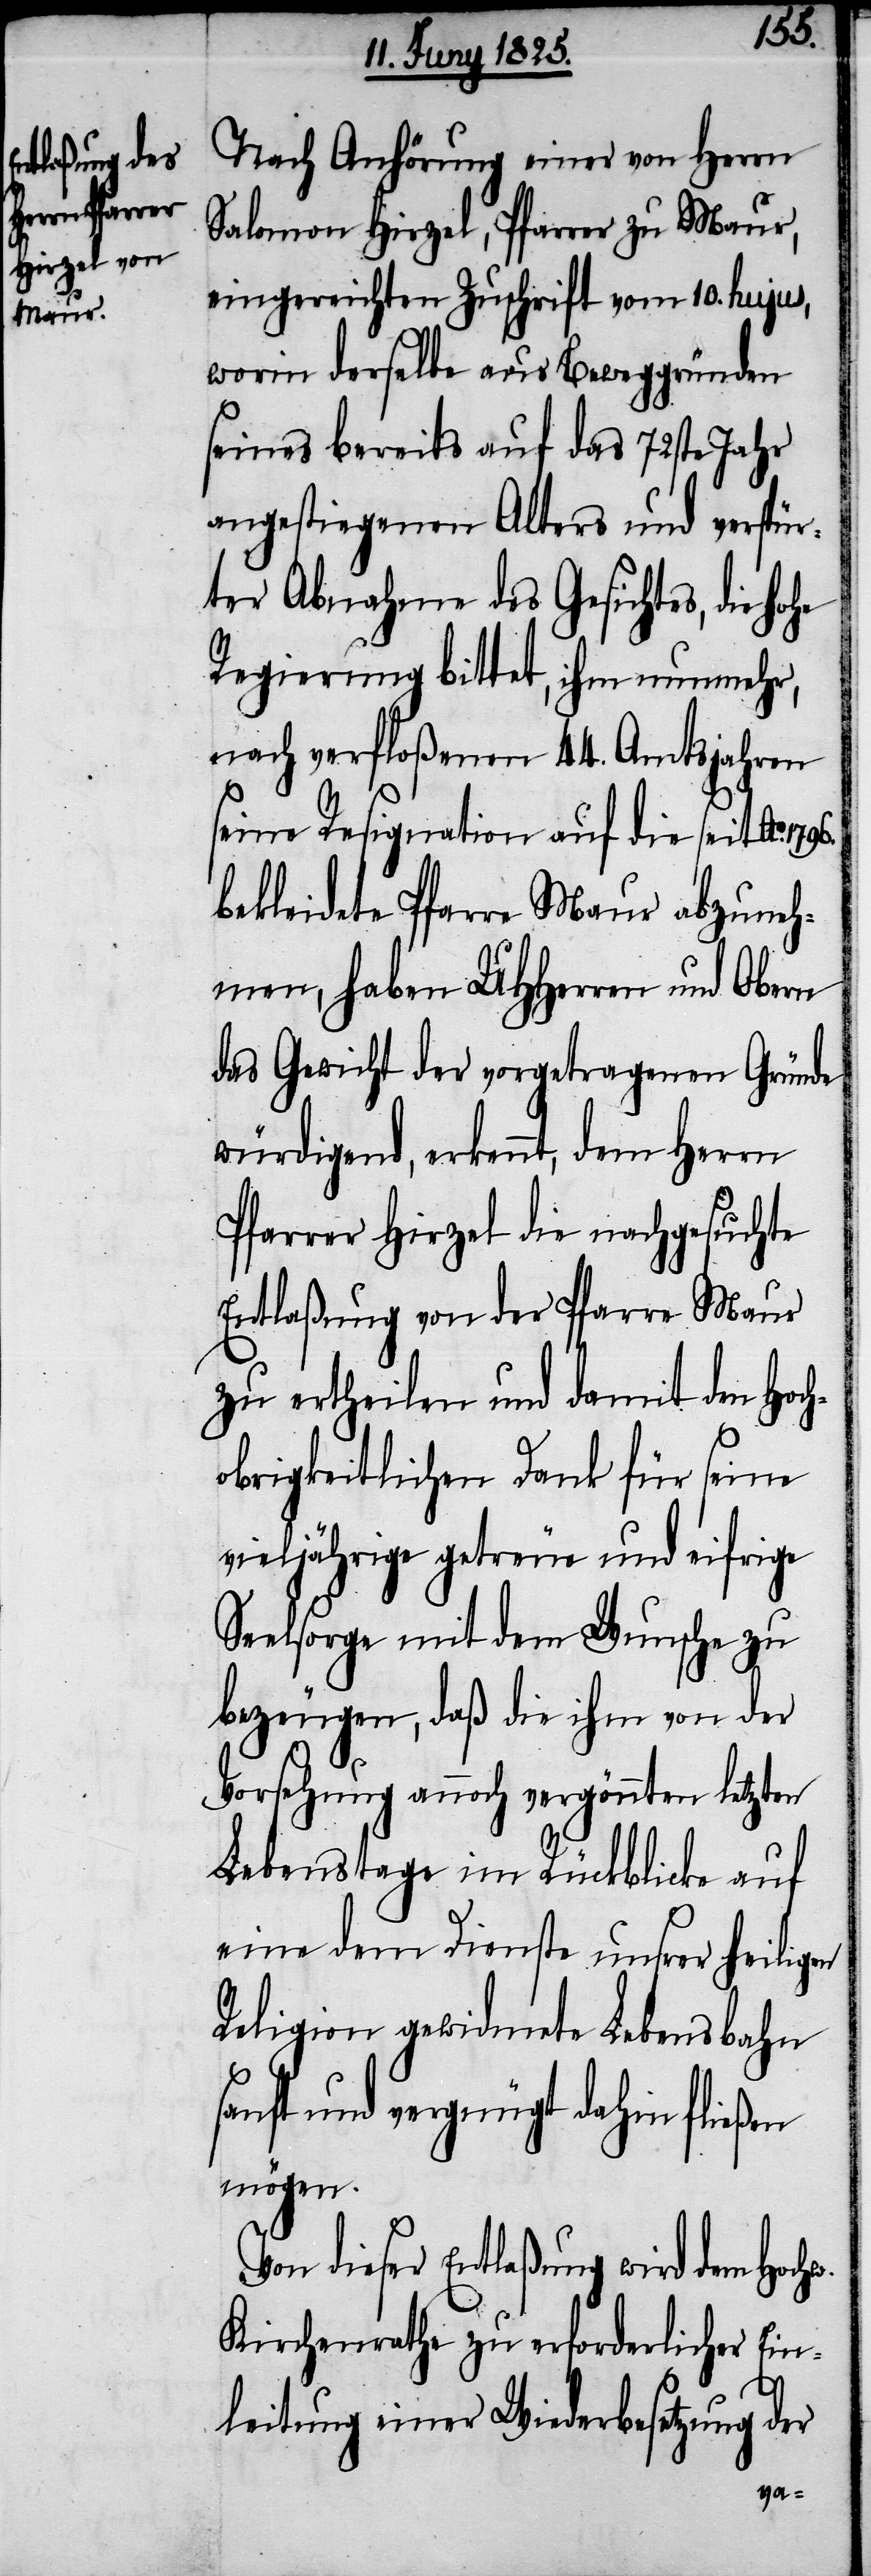
Nach Anhörung einer von Herrn
Salomon Hirzel, Pfarrer zu Maur,
eingereichten Zuschrift vom 10. hujus,
worin derselbe aus Beweggründen
seines bereits auf das 72ste Jahr
angestiegenen Alters und verspür¬
ter Abnahme des Gesichtes, die
Regierung bittet, ihm nunmehr,
nach verfloßenen 44. Amtsjahren
seine Resignation auf die seit Ao.
bekleidete Pfarre Maur abzuneh¬
men, haben UHHerren und Obern
das Gewicht der vorgetragenen Gründe
würdigend, erkennt, dem Herrn
Pfarrer Hirzel die nachgesuchte
Entlaßung von der Pfarre Maur
zu ertheilen und damit den Hoch¬
obrigkeitlichen Dank für seine
vieljährige getreue und eifrige
Seelsorge mit dem Wunsche zu
bezeugen, daß die ihm von der
Vorsehung annoch vergönnten letzten
Lebenstage im Rückblicke auf
eine dem Dienste unsrer heiligen
Religion gewidmete Lebensbahn
und vergnügt dahin
mögen.
Von dieser Entlaßung wird dem Hochw.
Kirchenrathe zu erforderlicher Ein¬
leitung einer Wiederbesetzung der